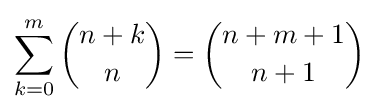
\sum _{k=0}^{m}{\binom {n+k}{n}}={\binom {n+m+1}{n+1}}